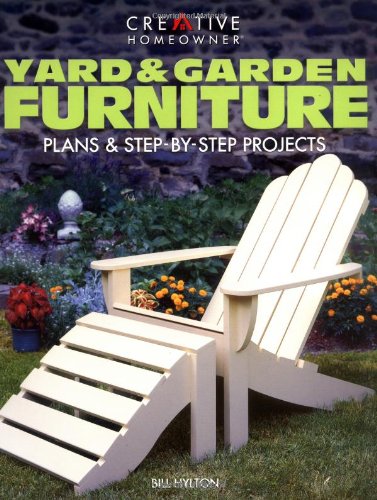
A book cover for Yard & Garden Furniture: Plans and Step-by-Step Projects; Bill Hylton Mr.; Crafts, Hobbies & Home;